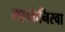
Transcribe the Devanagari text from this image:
म्फ़ाकेनिस्वा